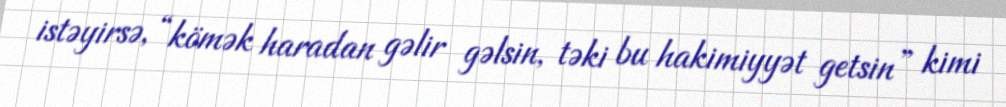
istəyirsə, “kömək haradan gəlir gəlsin, təki bu hakimiyyət getsin” kimi